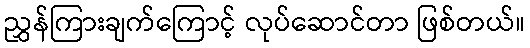
ညွှန်ကြားချက်ကြောင့် လုပ်ဆောင်တာ ဖြစ်တယ်။